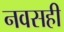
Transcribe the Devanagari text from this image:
नवसही